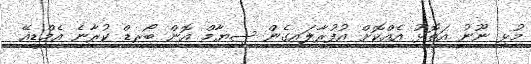
މުޅި ނޫނު އަތޮޅު އެއްކޮށް އުފުރާލައިގެން ސިޔާމް އޮން ބޯރޑް ކުރާނެ އެމްޑީއޭ